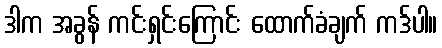
ဒါက အခွန် ကင်းရှင်းကြောင်း ထောက်ခံချက် ကဒ်ပါ။